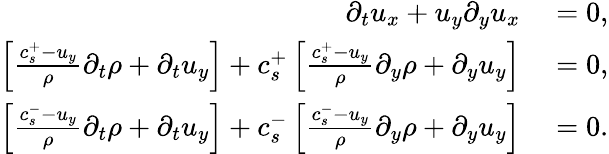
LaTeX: \begin{array}{rl}{\partial_{t}u_{x}+u_{y}\partial_{y}u_{x}}&{{}=0,}\\ {\left[\frac{c_{s}^{+}-u_{y}}{\rho}\partial_{t}\rho+\partial_{t}u_{y}\right]+c_{s}^{+}\left[\frac{c_{s}^{+}-u_{y}}{\rho}\partial_{y}\rho+\partial_{y}u_{y}\right]}&{{}=0,}\\ {\left[\frac{c_{s}^{-}-u_{y}}{\rho}\partial_{t}\rho+\partial_{t}u_{y}\right]+c_{s}^{-}\left[\frac{c_{s}^{-}-u_{y}}{\rho}\partial_{y}\rho+\partial_{y}u_{y}\right]}&{{}=0.}\end{array}